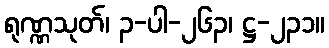
ရုဏ္ဏသုတ်၊ ၃-ပါ-၂၆၃၊ ဋ္ဌ-၂၃၁။